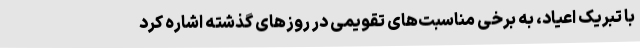
با تبریک اعیاد، به برخی مناسبت‌های تقویمی در روزهای گذشته اشاره کرد